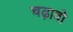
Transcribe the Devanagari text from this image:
चढ़ावो